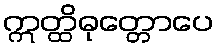
ဣတ္ထိဓုတ္တောပေ